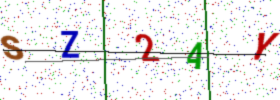
Text: SZ2AY